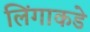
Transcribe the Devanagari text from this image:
लिंगाकडे